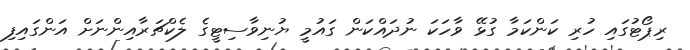
ރިޕޯޓުގައި ހުރި ކަންކަމާ ގުޅޭ ވާހަކަ ނުދައްކަން ގައުމީ ޔުނިވާސިޓީގެ ލެކްޗަރާއިންނަށް އަންގައިފި